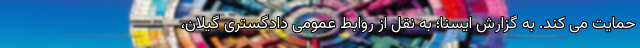
حمایت می کند. به گزارش ایسنا؛ به نقل از روابط عمومی دادگستری گیلان،